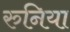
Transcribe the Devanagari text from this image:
रुनिया